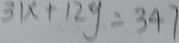
3 1 x + 1 2 y = 3 4 7